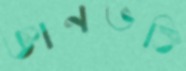
জ্ঞানভক্তি